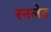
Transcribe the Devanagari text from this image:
रनलेट